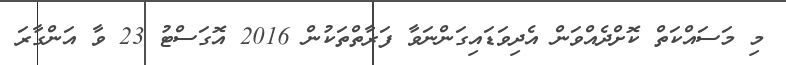
މި މަސައްކަތް ކޮށްދެއްވަން އެދިވަޑައިގަންނަވާ ފަރާތްތަކުން 2016 އޮގަސްޓު 23 ވާ އަންގާރަ